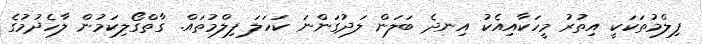
ފިލްމުތަކަކީ އިތުރު މީހަކާއިއެކު އިނދެ ބަލަން ލަދުގަންނަ ކަހަލަ ފިލްމުތައް. ގާތްގޯލިކަމުން ލާހެދުމުގެ